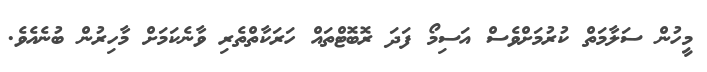
މީހުން ސަލާމަތް ކުރުމަށްވެސް އަސިމޯ ފަދަ ރޮބޮޓްތައް ހަރަކާތްތެރި ވާނެކަމަށް މާހިރުން ބުނެއެވެ.